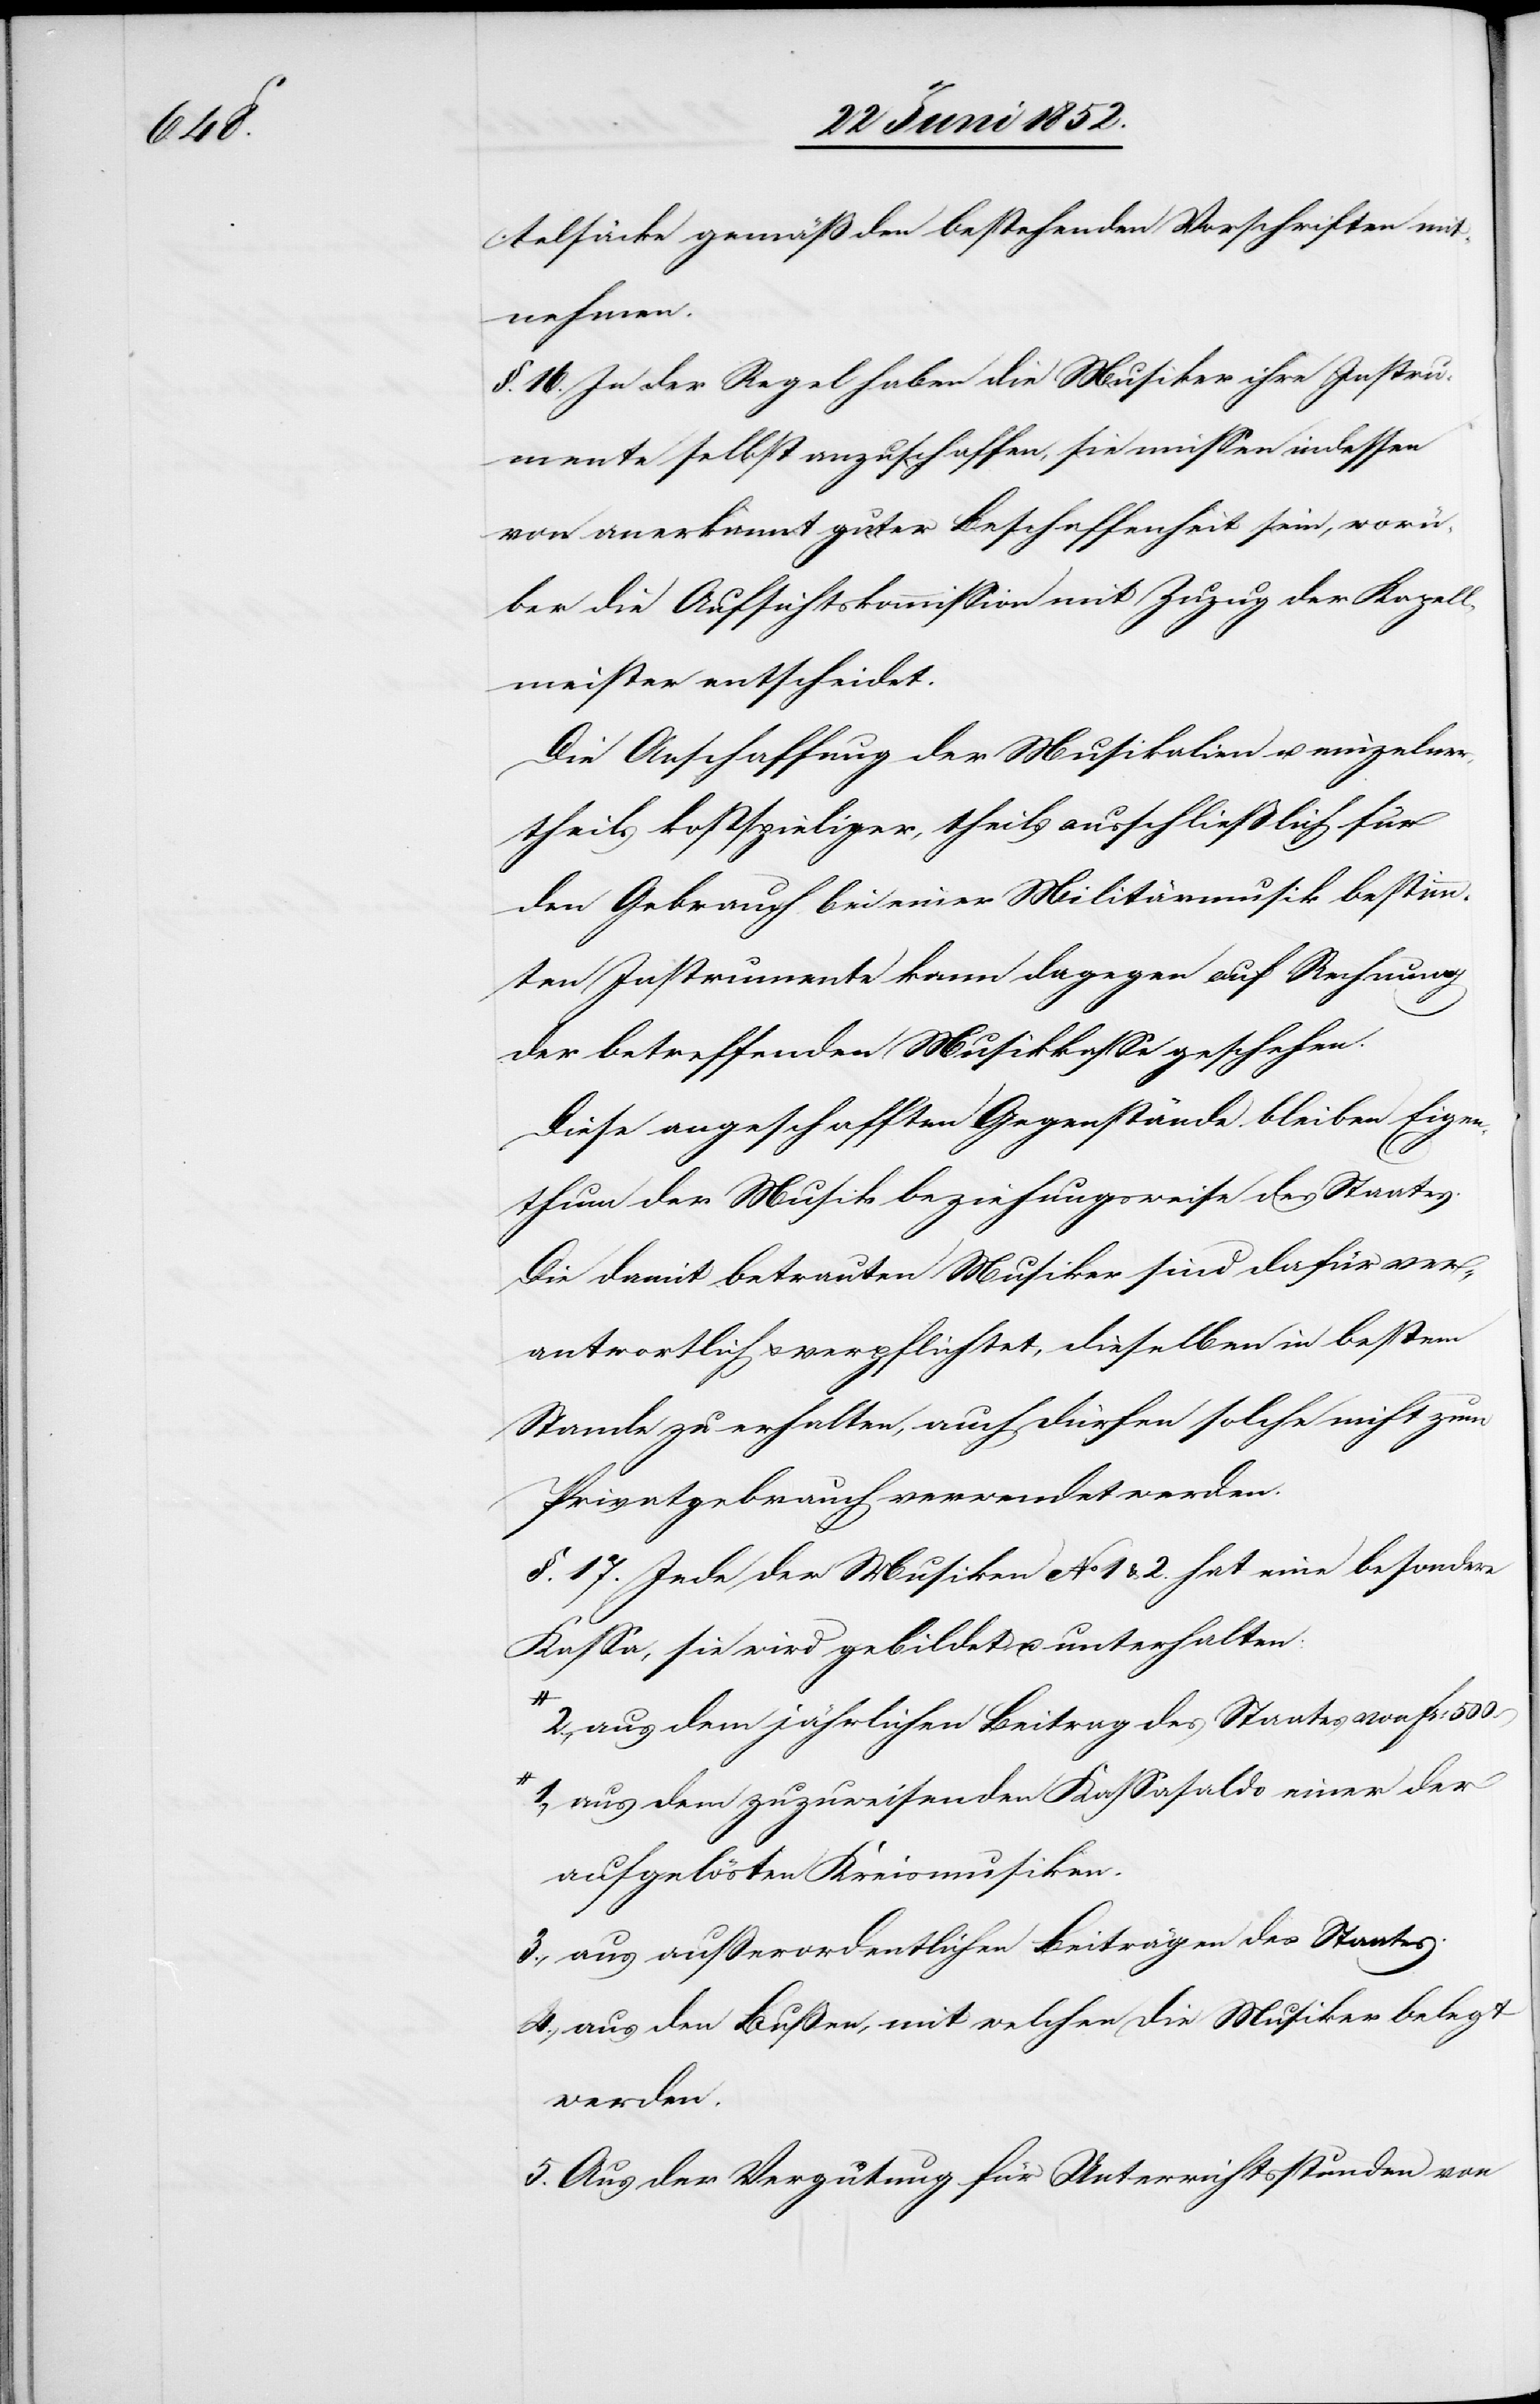
500.

telsäcke gemäß den bestehenden Vorschriften mit¬
nehmen.
§. 16. In der Regel haben die Musiker ihre Instru¬
mente selbst anzuschaffen, sie müssen indessen
von anerkannt guter Beschaffenheit sein, worü¬
ber die Aufsichtskommission mit Zuzug der Kapell¬
meister entscheidet.
Die Anschaffung der Musikalien u. einzelner,
theils kostspieliger, theils ausschließlich für
den Gebrauch bei einer Militärmusik bestimm¬
ten Instrumente kann dagegen auf Rechnung
der betreffenden Musikkasse geschehen.
Diese angeschafften Gegenstände bleiben Eigen¬
thum der Musik beziehungsweise des Staates.
Die damit betrauten Musiker sind dafür ver¬
antwortlich & verpflichtet, dieselben in bestem
Stande zu erhalten, auch dürfen solche nicht zum
Privatgebrauch verwendet werden.
§. 17. Jede der Musiken No 1 & 2. hat eine besondere
Kassa, sie wird gebildet u. unterhalten:
2., aus dem jährlichen Beitrag des Staates von Fr:
1., aus dem zuzuweisenden Kassasaldo einer der
aufgelösten Kreismusiken.
3., aus außerordentlichen Beiträgen des Staates.
4., aus den Bußen, mit welchen die Musiker belegt
werden.
5. Aus der Vergütung für Unterrichtsstunden von